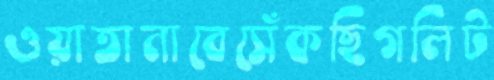
ওয়াতানাবেসেঁকছিগলিট